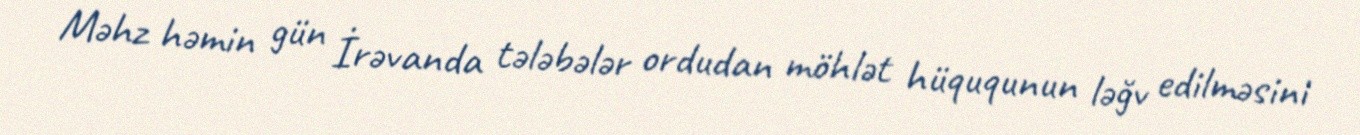
Məhz həmin gün İrəvanda tələbələr ordudan möhlət hüququnun ləğv edilməsini